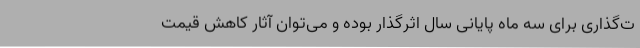
ت‌گذاری برای سه ماه پایانی سال اثرگذار بوده و می‌توان آثار کاهش قیمت